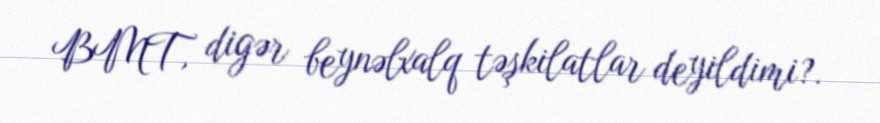
BMT, digər beynəlxalq təşkilatlar deyildimi?.